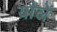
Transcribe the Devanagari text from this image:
यौलें